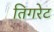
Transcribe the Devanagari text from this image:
तिगरेट